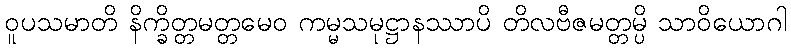
ဝူပသမာတိ နိက္ခိတ္တမတ္တမေဝ ကမ္မသမုဋ္ဌာနဿာပိ တိလဗီဇမတ္တမ္ပိ သာဝိယောဂါ